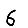
Digit: 6